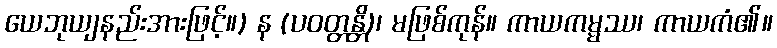
ယေဘုယျနည်းအားဖြင့်။) န (ပဝတ္တန္တိ)၊ မဖြစ်ကုန်။ ကာယကမ္မဿ၊ ကာယကံ၏။